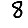
Digit: 8